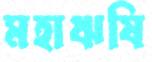
মহাঋষি